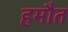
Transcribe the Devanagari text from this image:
हमौत